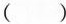
（ ）